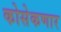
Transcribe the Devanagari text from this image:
कोसेकणार